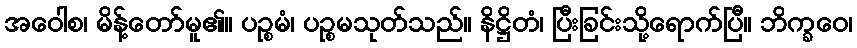
အဝေါစ၊ မိန့်တော်မူ၏။ ပဉ္စမံ၊ ပဉ္စမသုတ်သည်။ နိဋ္ဌိတံ၊ ပြီးခြင်းသို့ရောက်ပြီ။ ဘိက္ခဝေ၊